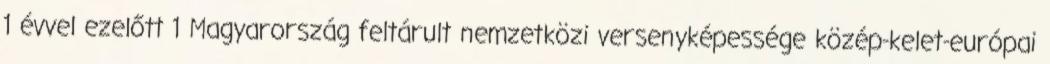
1 évvel ezelőtt 1 Magyarország feltárult nemzetközi versenyképessége közép-kelet-európai